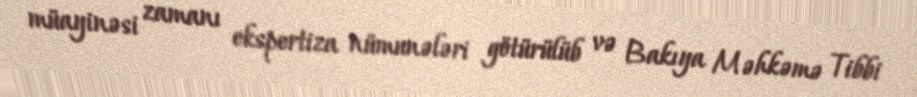
müayinəsi zamanı ekspertiza nümunələri götürülüb və Bakıya Məhkəmə Tibbi